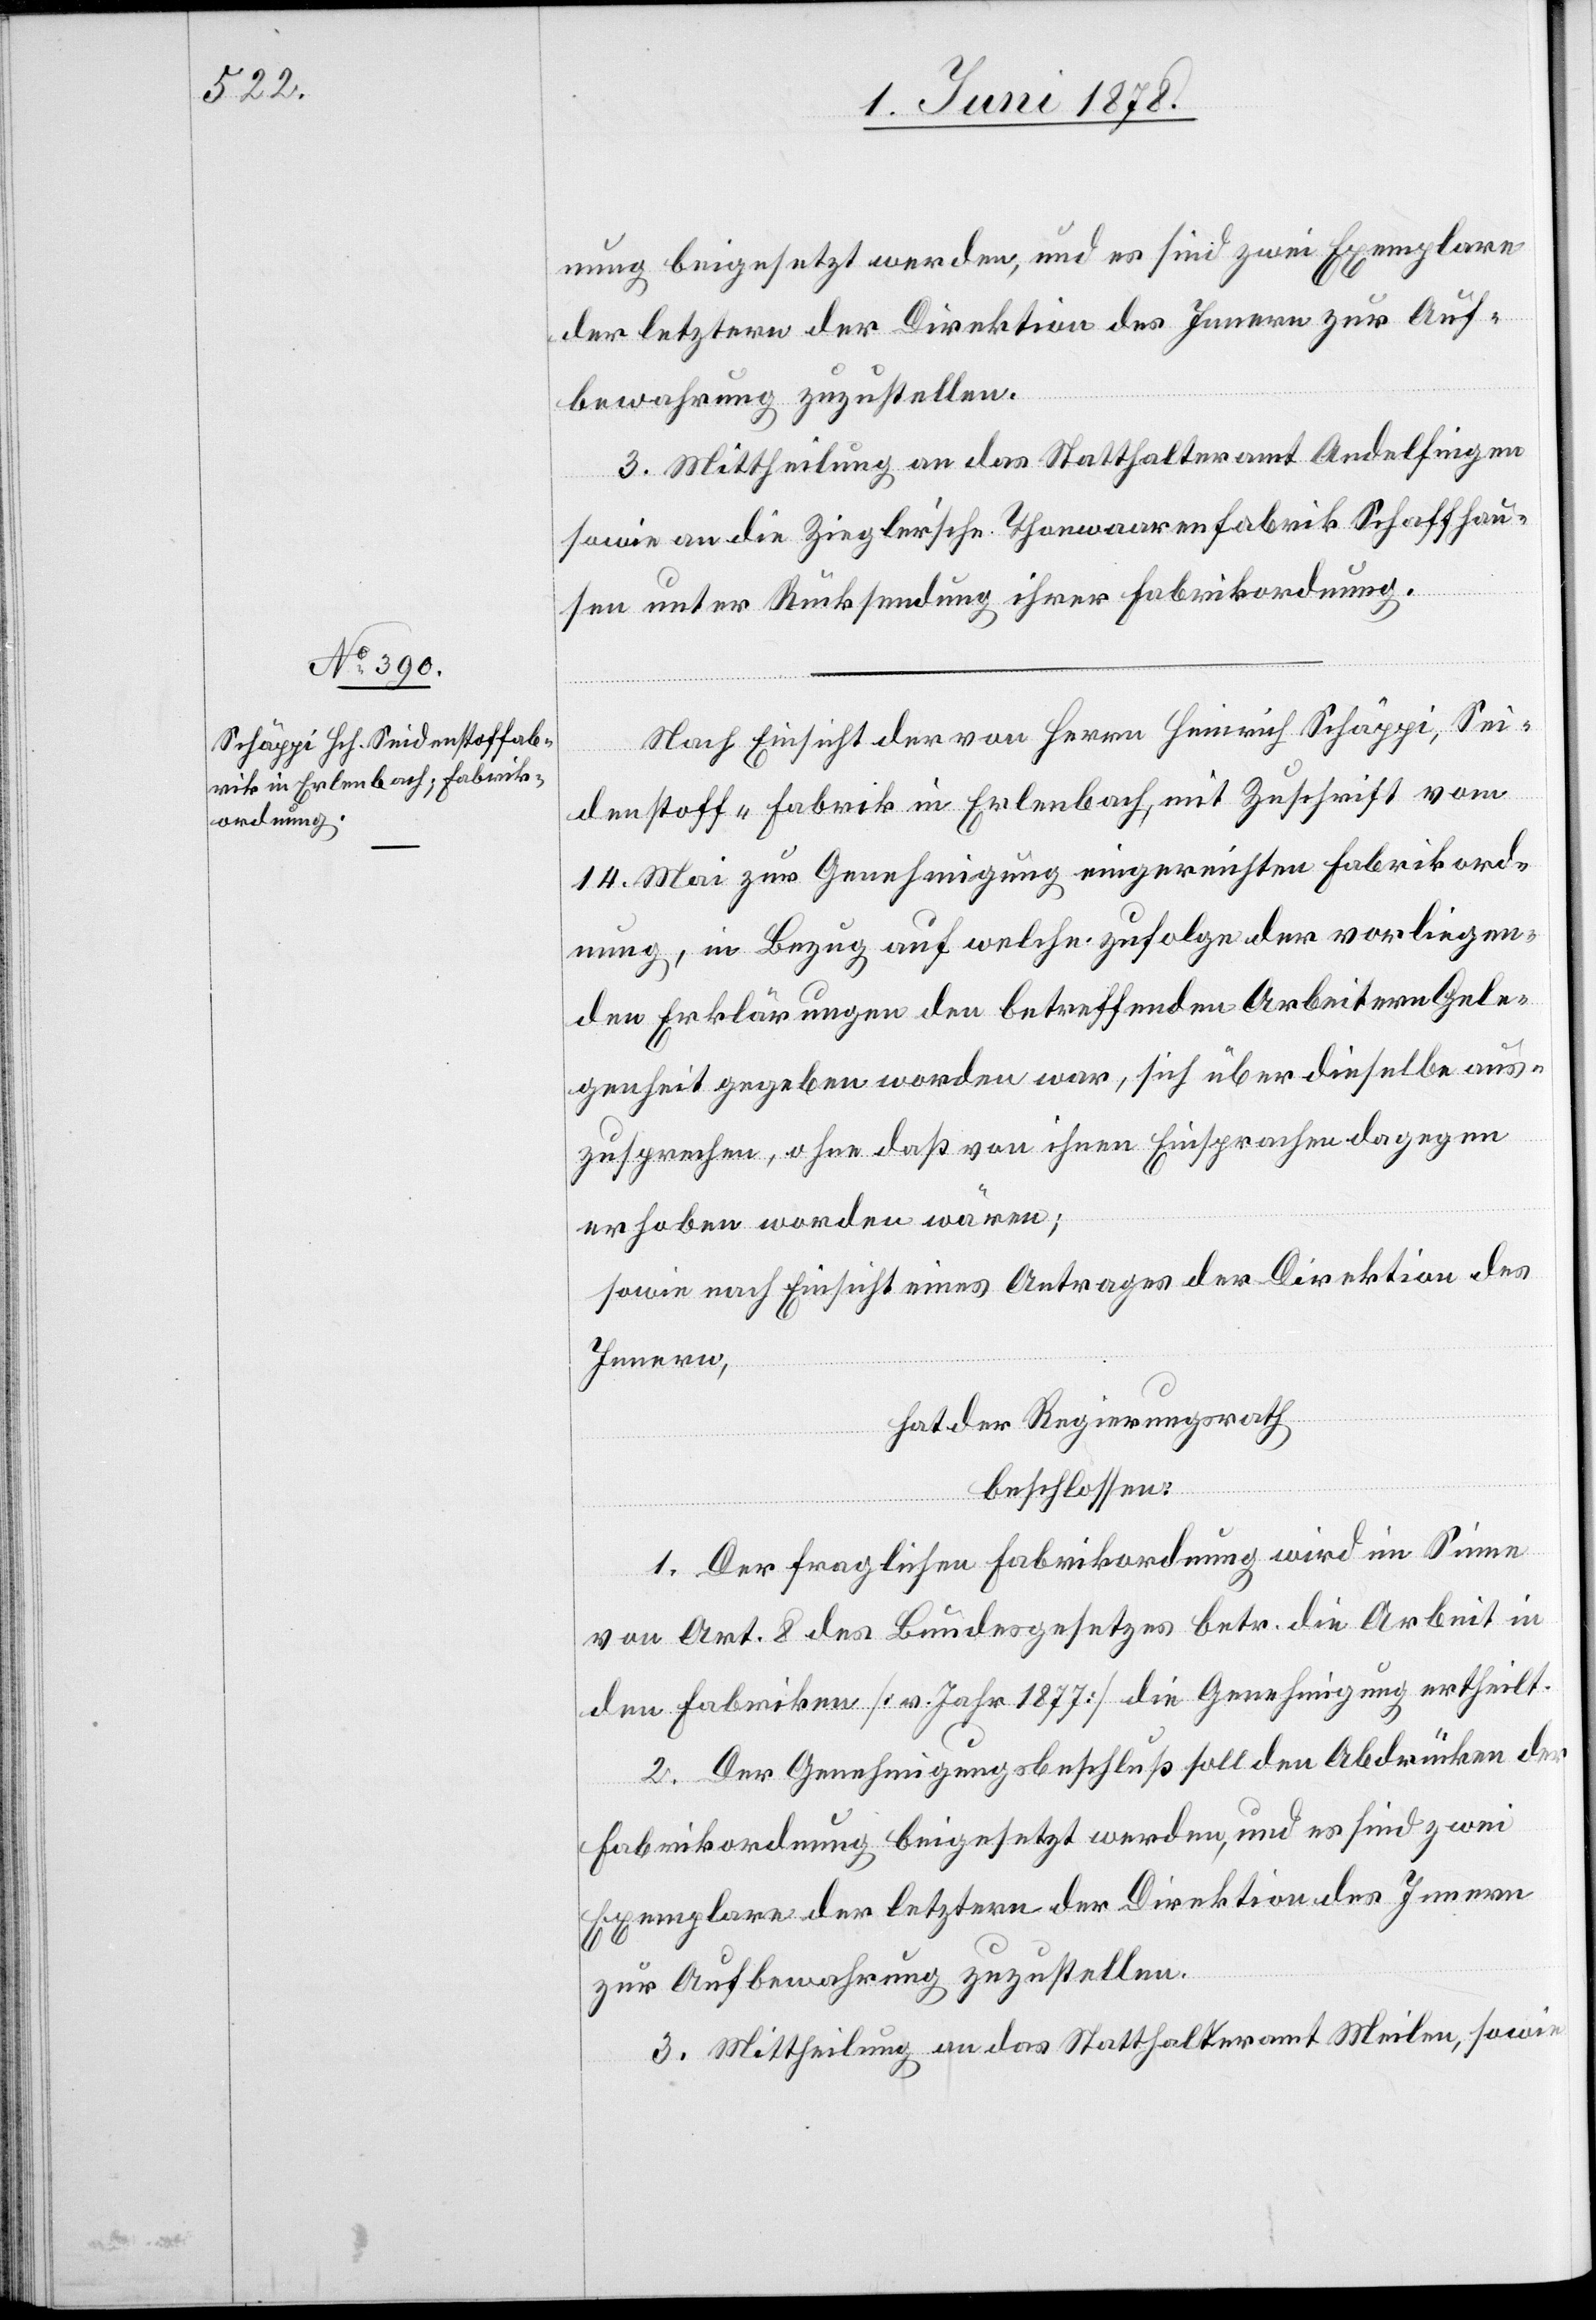
ung beigesetzt werden, und es sind zwei Exemplare
der letztern der Direktion des Innern zur Auf¬
bewahrung zuzustellen.
3. Mittheilung an das Statthalteramt Andelfingen
sowie an die Ziegler’sche Thonwaarenfabrik Schaffhau¬
sen unter Rücksendung ihrer Fabrikordnung.
Nach Einsicht der von Herrn Heinrich Schäppi, Sei¬
denstoff-Fabrik in Erlenbach, mit Zuschrift vom
14. Mai zur Genehmigung eingereichten Fabrikord¬
nung, in Bezug auf welche zufolge der vorliegen¬
den Erklärungen den betreffenden Arbeitern Gele¬
genheit gegeben worden war, sich über dieselbe aus¬
zusprechen, ohne daß von ihnen Einsprachen dagegen
erhoben worden wären;
sowie nach Einsicht eines Antrages der Direktion des
Innern,
hat der Regierungsrath
beschlossen:
1. Der fraglichen Fabrikordnung wird im Sinne
von Art. 8 des Bundesgesetzes betr. die Arbeit in
den Fabriken [v. Jahr 1877] die Genehmigung ertheilt.
2. Der Genehmigungsbeschluß soll den Abdrücken der
Fabrikordnung beigesetzt werden, und es sind zwei
Exemplare der letztern der Direktion des Innern
zur Aufbewahrung zuzustellen.
3. Mittheilung an das Statthalteramt Meilen, sowie